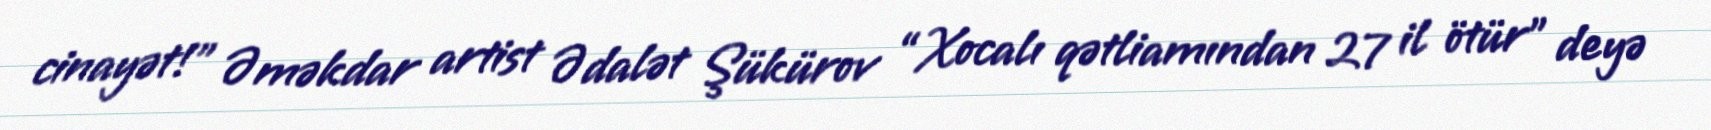
cinayət!” Əməkdar artist Ədalət Şükürov “Xocalı qətliamından 27 il ötür” deyə